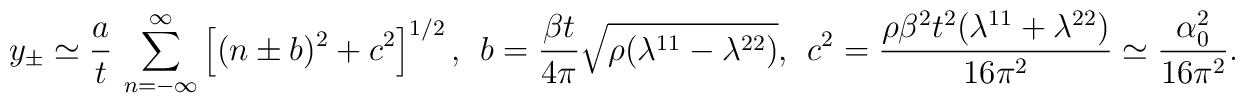
y_\pm \simeq  \frac{a}{t} \,  \sum_{n=-\infty }^{\infty} \left[ (n\pm b)^2+c^2 \right]^{1/2}, \ \   b=\frac{\beta t}{4\pi}\sqrt{\rho(\lambda^{11}- \lambda^{22} )}, \ \ c^2= \frac{\rho \beta^2 t^2(\lambda^{11}+ \lambda^{22} )}{16\pi^2} \simeq\frac{\alpha_0^2}{16\pi^2}.